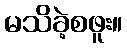
မသိခဲ့စဖူး။